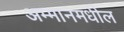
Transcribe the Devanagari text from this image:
अम्मानमधील